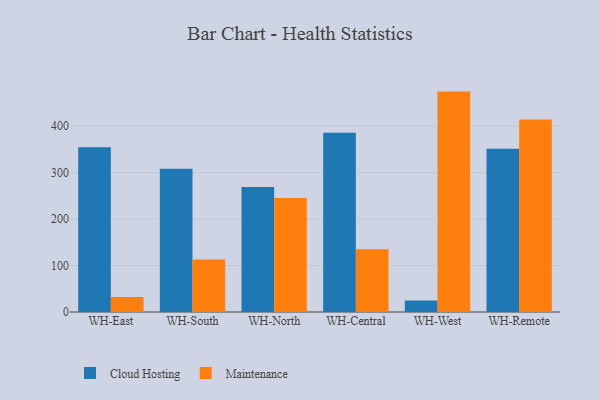
{"axis": {"x": "Warehouse", "y": "Churn Rate (%)"}, "legend": ["Cloud Hosting", "Maintenance"], "data": [{"x": "WH-East", "y": 354.4, "type": "Cloud Hosting"}, {"x": "WH-East", "y": 32.5, "type": "Maintenance"}, {"x": "WH-South", "y": 308.2, "type": "Cloud Hosting"}, {"x": "WH-South", "y": 113.1, "type": "Maintenance"}, {"x": "WH-North", "y": 269.1, "type": "Cloud Hosting"}, {"x": "WH-North", "y": 245.4, "type": "Maintenance"}, {"x": "WH-Central", "y": 385.6, "type": "Cloud Hosting"}, {"x": "WH-Central", "y": 134.8, "type": "Maintenance"}, {"x": "WH-West", "y": 24.5, "type": "Cloud Hosting"}, {"x": "WH-West", "y": 474.3, "type": "Maintenance"}, {"x": "WH-Remote", "y": 351.2, "type": "Cloud Hosting"}, {"x": "WH-Remote", "y": 414.5, "type": "Maintenance"}]}